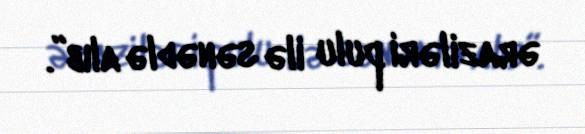
əraziləri pulu ilə sənədlə alıb”.